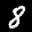
Label: 8